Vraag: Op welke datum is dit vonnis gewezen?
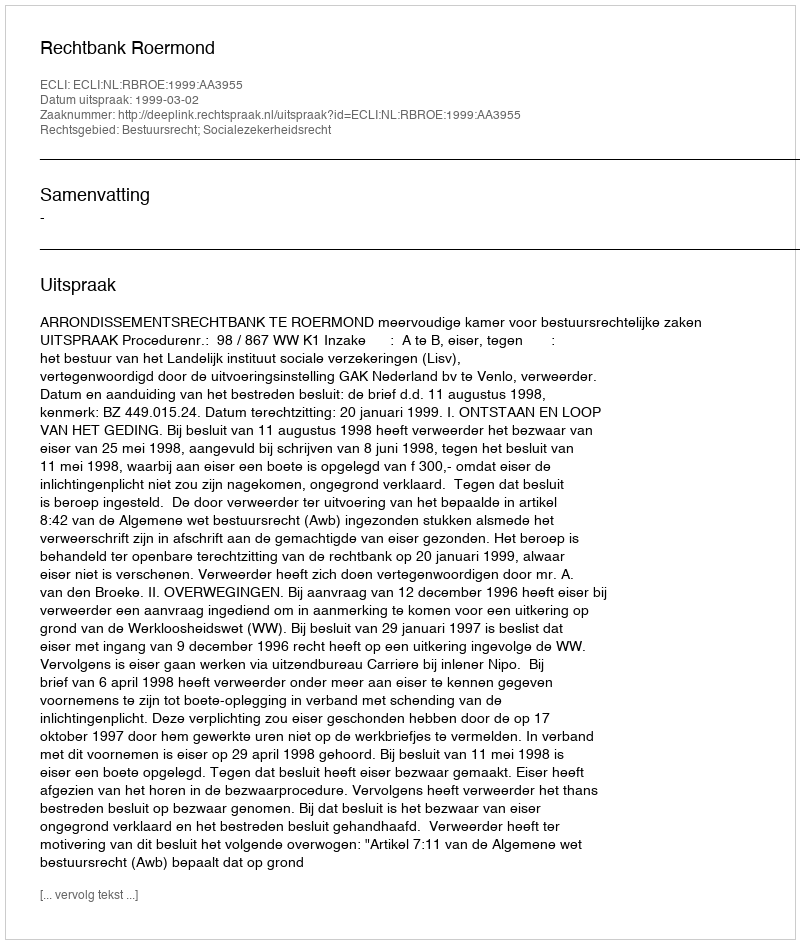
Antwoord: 1999-03-02